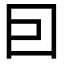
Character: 囙